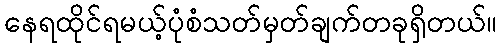
နေရထိုင်ရမယ့်ပုံစံသတ်မှတ်ချက်တခုရှိတယ်။